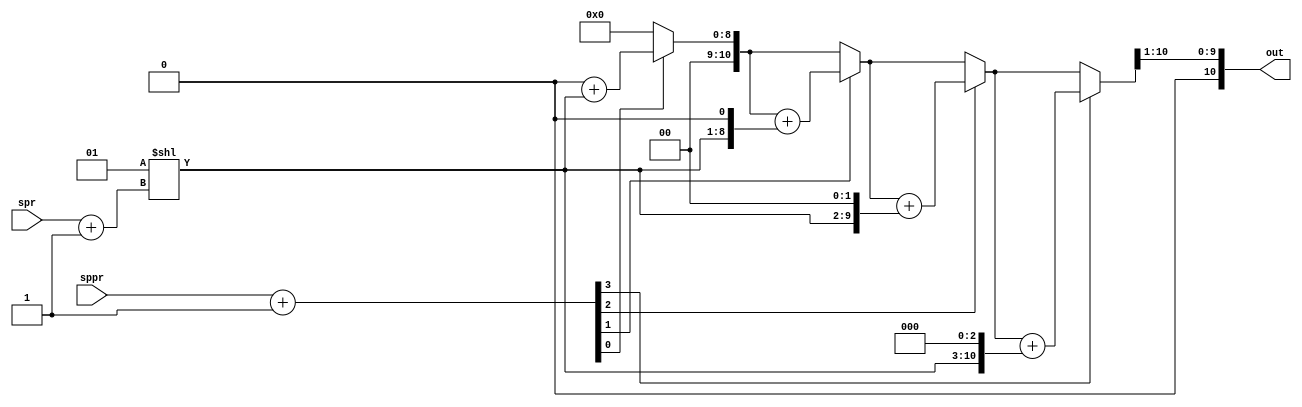
`timescale 1ns / 1ps
//Module multi 
module multi(sppr,spr,out);

input[2:0] sppr,spr;
output reg [10:0]out;
wire [7:0]res;
wire [3:0]res1,res2;
integer i;

assign res1=sppr+1;
assign res2=spr+1;
assign res=2**res2;					//formula:  baud rate gen divisor=(SPPR+1)*2^(SPR+1)

always@(*)
begin	
	out=11'b0;
	for(i=0;i<4;i=i+1)
	begin
		if(res1[i]==1)
		begin
			out=out+(res<<i);		//
		end
		else
			out=out;
	end
out = out>>1;

end
endmodule

//Baud rate generation
module baudRate(in,clk,cpol,outs);

input [10:0] in;
input clk,cpol;
output outs;
reg out;
reg i;
reg [10:0] cnt;

always@(posedge clk)
begin
/*if(rst)
begin
	out<=0;
	cnt<=0;
end
else*/
		if(cnt<in-1 && i==0)
			begin	
				out<=1;
				cnt<=cnt+1;
			end
		else if(cnt==in-1 && i==0)
			begin
				i<=1; 
				out<=1;
			end  
		else if(((cnt>0) || (in==1))&& i==1)
			begin
				out<=0;
            if(in==1)
				i<=0;	
				else
				cnt<=cnt-1;
			end
		else
			begin
				i<=0;
				cnt<=0;
			end		
	end
assign outs=cpol?out:~out;

endmodule

//bad top module
module baud_top(sppr,spr,clk,cpol,outs);

input clk,cpol;
input[2:0] sppr,spr;
output outs;
wire [10:0] w;

multi m1(sppr,spr,w);
baudRate b1(w,clk,cpol,outs);

endmodule